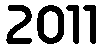
2011